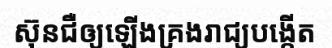
ស៊ុនជឺឲ្យឡើងគ្រងរាជ្យបង្កើត